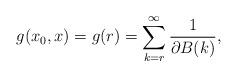
LaTeX: \begin{align*}g(x_0,x) = g(r) = \sum_{k=r}^{\infty} \frac{1}{\partial B(k)},\end{align*}